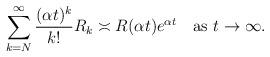
LaTeX: \begin{align*}\sum_{k=N}^\infty\frac{(\alpha t)^k}{k!}R_k\asymp R(\alpha t)e^{\alpha t}\quad\mbox{as $t\to\infty$}.\end{align*}